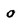
Character: 0